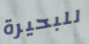
للبحيرة